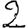
Digit: 2